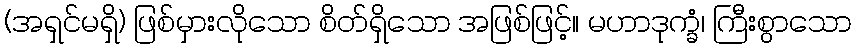
(အရှင်မရှိ) ဖြစ်မှားလိုသော စိတ်ရှိသော အဖြစ်ဖြင့်။ မဟာဒုက္ခံ၊ ကြီးစွာသော